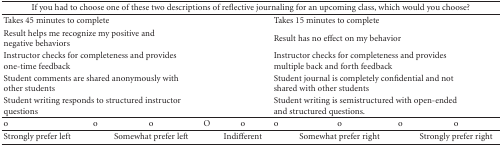
| <COLSPAN=9> If you had to choose one of these two descriptions of reflective journaling for an upcoming class, which would you choose? |
 | --- | --- | --- | --- | --- | --- | --- | --- | --- |
 | <COLSPAN=4> Takes 45 minutes to complete |  | <COLSPAN=4> Takes 15 minutes to complete |
 | <COLSPAN=4> Result helps me recognize my positive and negative behaviors |  | <COLSPAN=4> Result has no effect on my behavior |
 | <COLSPAN=4> Instructor checks for completeness and provides one-time feedback |  | <COLSPAN=4> Instructor checks for completeness and provides multiple back and forth feedback |
 | <COLSPAN=4> Student comments are shared anonymously with other students |  | <COLSPAN=4> Student journal is completely confidential and not shared with other students |
 | <COLSPAN=4> Student writing responds to structured instructor questions |  | <COLSPAN=4> Student writing is semistructured with open-ended and structured questions. |
 | o | o | o | O | o | o | o | o | o |
 | Strongly prefer left |  | Somewhat prefer left |  | Indifferent |  | Somewhat prefer right |  | Strongly prefer right |